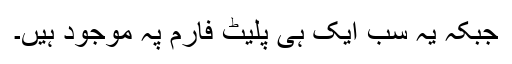
جبکہ یہ سب ایک ہی پلیٹ فارم پہ موجود ہیں۔